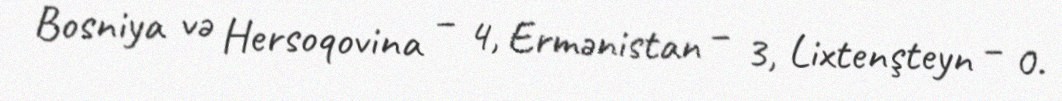
Bosniya və Hersoqovina – 4, Ermənistan – 3, Lixtenşteyn – 0.